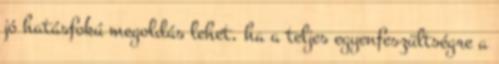
jó hatásfokú megoldás lehet, ha a teljes egyenfeszültségre a